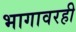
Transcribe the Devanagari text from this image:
भागावरही